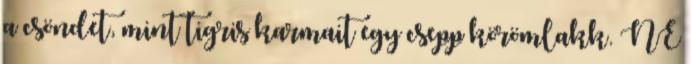
a csöndet, mint tigris karmait egy csepp körömlakk. NE